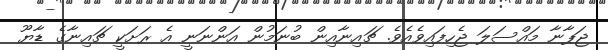
ޖަޕާނާ މައްސަލަ ޖެހިފައިވެއެވެ. ޗައިނާއިން ބުނަމުން އަންނަނީ އެ ރަށަކީ ޗައިނާގެ ޑާޔޫ